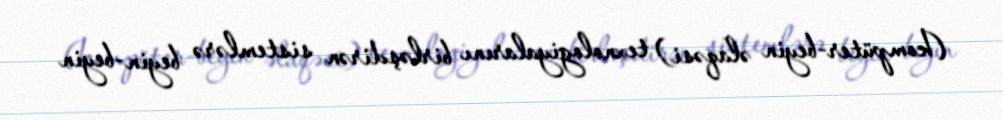
(kompüter-beyin əlaqəsi) texnologiyalarını birləşdirən sistemlərə beyin-beyin